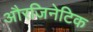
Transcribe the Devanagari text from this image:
औरजिनेटिक